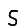
Digit: 5